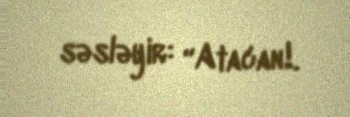
səsləyir: “Atacan!.